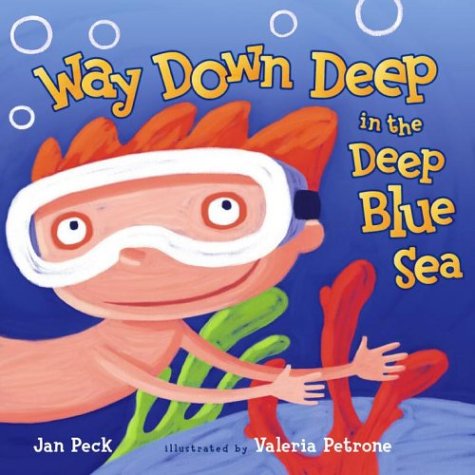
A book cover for Way Down Deep in the Deep Blue Sea; Jan Peck; Children's Books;